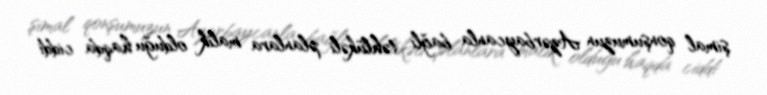
şimal qonşumuzun Azərbaycanla bağlı təhlükəli planlara malik olduğu haqda ciddi